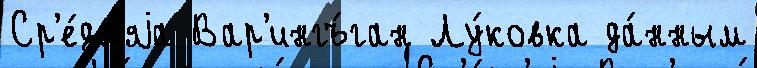
Ср'е́дн'яjа Вар'ингъ́ган Лу́ковка да́нным